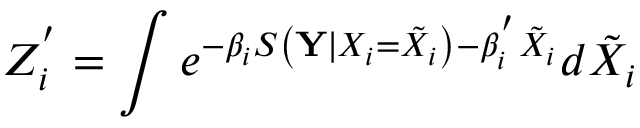
Z _ { i } ^ { ' } = \int e ^ { - \beta _ { i } S \left( { \mathbf { Y } } \mid { X } _ { i } = \tilde { X } _ { i } \right) - \beta _ { i } ^ { ' } \tilde { X } _ { i } } d \tilde { X } _ { i }